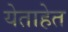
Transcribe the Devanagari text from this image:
येताहेत